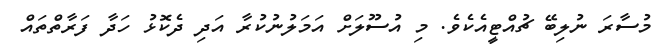
މުސާރަ ނުލިބޭ ޗުއްޓީއެކެވެ. މި އުސޫލަށް އަމަލުނުކުރާ އަދި ދެކޮޅު ހަދާ ފަރާތްތައް